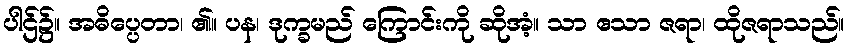
ပါဌ်၌။ အဓိပ္ပေတာ၊ ၏။ ပန၊ ဒုက္ခမည် ကြောင်းကို ဆိုအံ့။ သာ ဧသာ ဇရာ၊ ထိုဇရာသည်။